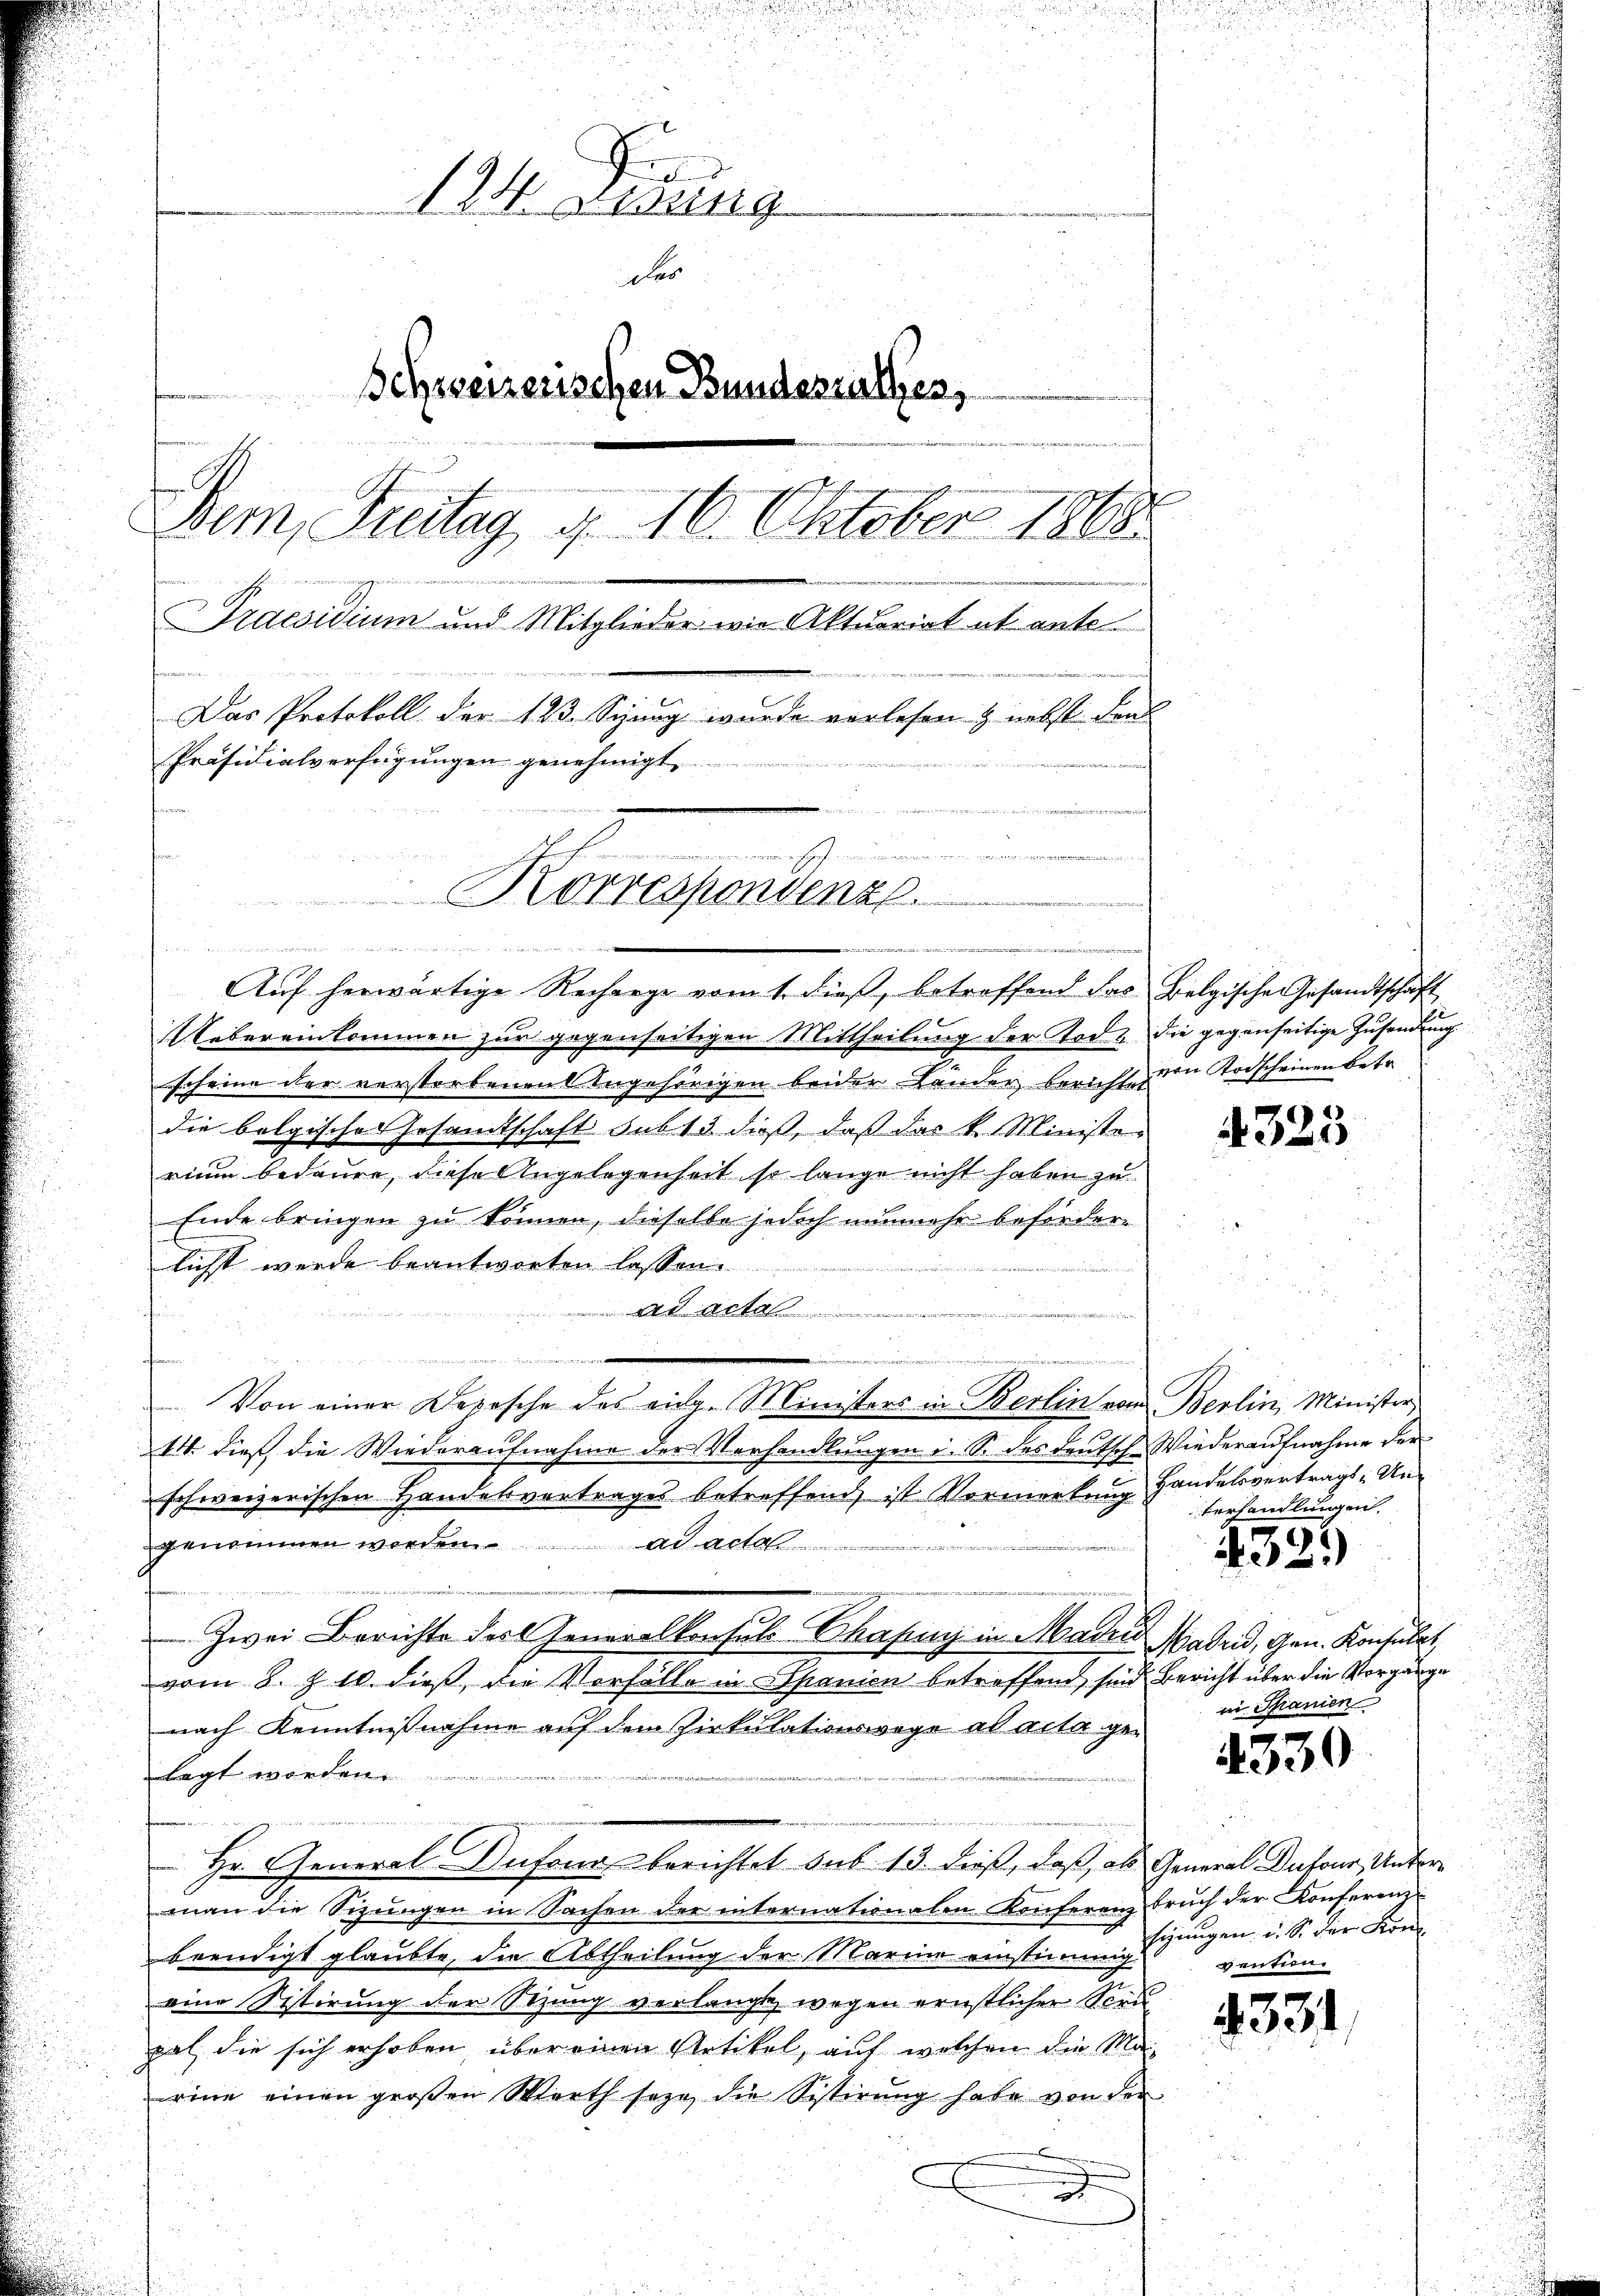
A ensung
des
Schweizerischen Bundesrathen,
 der
Dem, Freitag 16. Oktober 1810.
12
Praesidium und Mitglieder wie Aktuariat ab ante
Das Protokoll der 123. Spung wurde vorlesen & nebst den
Präsidialverfügungen genehmigt.
n
mimen
Korrespondenz.

ce in erlitten der Wochen Mitthe

Auf herwärtige Recharge vom 1. dieß, betroffend das Belgische Gesandtschaft

Uebereinkommen zur gegenseitigen Mittheilung der Tode die gegenseitige Zusendung
scheine der verstorbenen Angehörigen beider Lander berichten den Storscheinen betr.
die bolgisches Gesandtschaft sub 13 dieß, daß das k. Ministen
rium bedaure, diese Angelegenheit, so lange nicht haben zu
Ende bringen zu können, dieselbe jedoch nunmehr beförderlicht wurde beantworten lassen.
Ad Acta
n
e
e
Von einer Depesche des eidg. Ministers in Berlin vom Berlin, Minister
14. dieß die Wiederaufnahme der Verhandlungen i. S. des deutsch Wiederaufnahme der
schweizerischen Handesvertrages betreffend ist Vormerkung Handelsvertrags-Ungenommen werden. ad acta
Zwei Berichte der Generalkonsul Schafung in Mader Madrid, Gen. Konsulat,
vom 8. Z. 10. dieß, die Vorfälle in Spanien betreffend sind Bericht über die Vorgänge
nach Kenntnißnahme auf den Zirkulationswege ad acta gelegt worden.
Hr. General Infonds berichtet sub 13. dieß, daß als General Dufour, Unterman die Sizŭngen in Sachen der internationalen Konferenz brŭch der Konferenz-
beendigt glaubte, die Abtheilung der Marina einstimmig
eine Sistirung der Sitzung verlangt wegen ernstlichen Scrupal, die sich erhoben, über einen Artikel, auf welchen die Marine einen großen Marth sozu die Sistirung habe von der
.

E
u

4323

u
Verhandlungen.

432.)

in Spanien

4330

sizungen u. S. der Kon
vention

4331